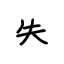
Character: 失